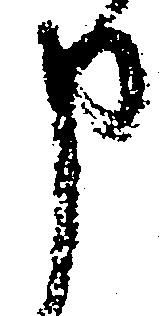
申